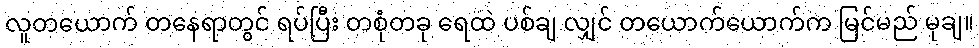
လူတယောက် တနေရာတွင် ရပ်ပြီး တစုံတခု ရေထဲ ပစ်ချ လျှင် တယောက်ယောက်က မြင်မည် မုချ။